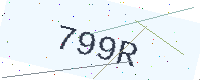
Text: 799R